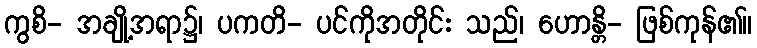
ကွစိ- အချို့အရာ၌၊ ပကတိ- ပင်ကိုအတိုင်း သည်၊ ဟောန္တိ- ဖြစ်ကုန်၏။